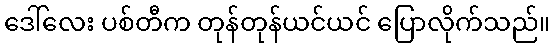
ဒေါ်လေး ပစ်တီက တုန်တုန်ယင်ယင် ပြောလိုက်သည်။